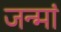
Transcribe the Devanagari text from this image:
जन्मां